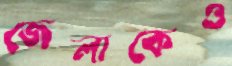
জেলাকেও